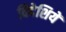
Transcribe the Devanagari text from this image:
विदेशियें